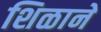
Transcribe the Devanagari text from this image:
शिळाने